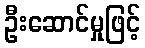
ဦးဆောင်မှုဖြင့်